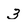
Character: 3